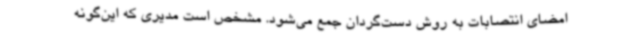
امضای انتصابات به روش دست‌گردان جمع می‌شود. مشخص است مدیری که این‌گونه